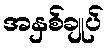
အနှစ်ချုပ်